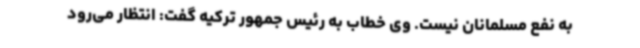
به نفع مسلمانان نیست. وی خطاب به رئیس جمهور ترکیه گفت: انتظار می‌رود